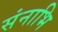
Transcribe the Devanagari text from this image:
संनाभि